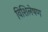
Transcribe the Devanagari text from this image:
विशिलेषण